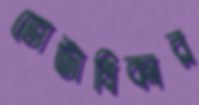
ভোটাধিকার